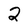
Character: 2